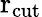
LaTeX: \mathrm{r_{cut}}